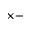
\times -